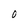
Character: 0